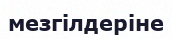
мезгілдеріне